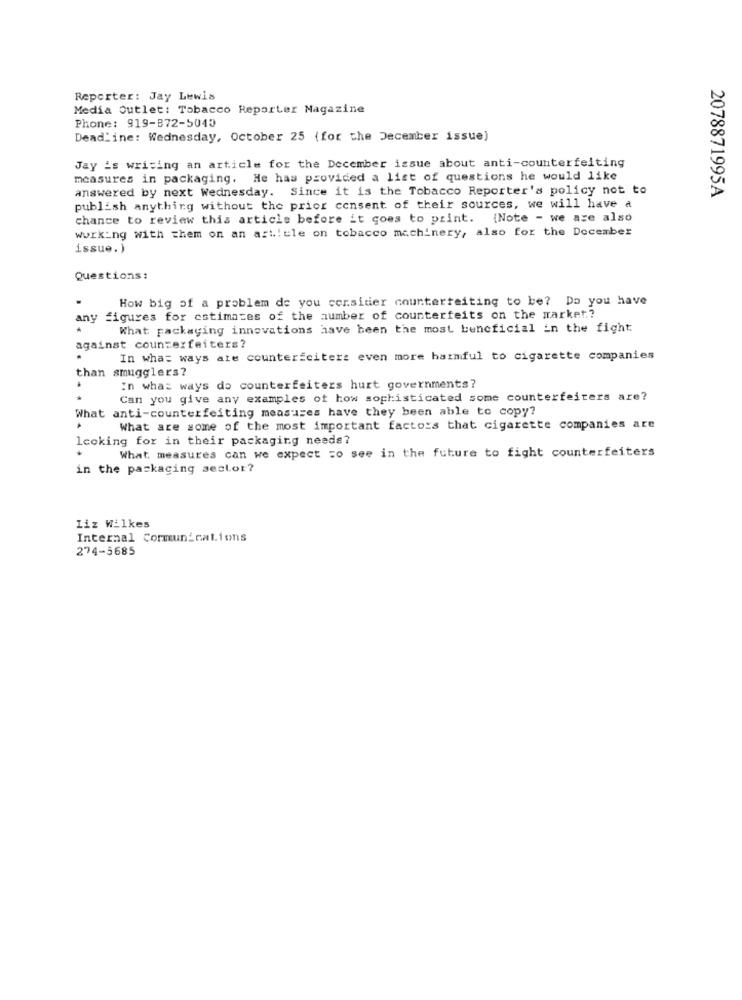
Reporter: Jay Lewis
Media Outlet: Tobacco Reporter Magazine
Phone: 919-872-5040
Dead'ine: Wednesday, October 25 (for the December issue)
Jay is writing an article for the December issue about anti-counterfeiting
measures in packaging. He has provided a list of questions he would like
answered by next Wednesday. Since it is the Tobacco Reporter's policy not to
2078871995A
publish anything without the prior consent of their sources, we will have a
chance to review this article before it goes to print. (Note - we are also
working with them on an art! ule on tobacco machinery, also for the December
issue. )
Questions:
How big of a problem de you corsider counterfeiting to be? Do you have
any figures for estimates of the number of counterfeits on the market .?
What packaging innovations have been the most beneficial in the fight
against counterfeiters?
In what ways ate counterfciters even more harmful to cigarette companies
than smugglers?
In what ways do counterfeiters hurt governments?
Can you give any examples of how sophisticated some counterfeiters are?
What anti-counterfeiting measures have they been able to copy?
What are some of the most important factors that cigarette companies are
looking for in their packaging needs?
What measures can we expect zo see in the future to fight counterfeiters
in the packaging sector?
Liz Wilkes
Internal Communications
274-5685